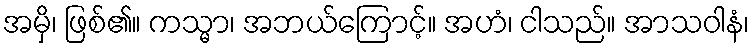
အမှိ၊ ဖြစ်၏။ ကသ္မာ၊ အဘယ်ကြောင့်။ အဟံ၊ ငါသည်။ အာသဝါနံ၊